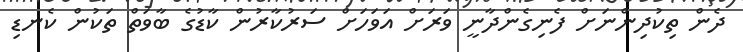
ދެން ތިކުދިންނަށް ފެނިގެންދާނީ ވަރަށް އަވަހަށް ސަރުކާރުން ކާޑުގެ ބާވަތް ތަކުން ކެނޑި